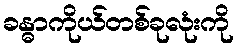
ခန္ဓာကိုယ်တစ်ခုလုံးကို